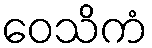
ဝေသိကံ